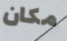
مكان